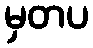
မှတပ